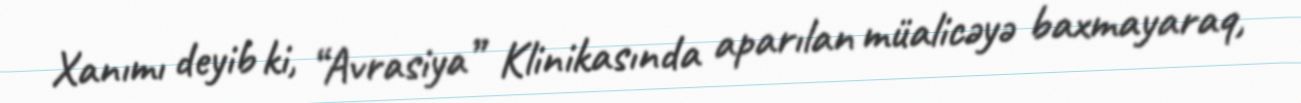
Xanımı deyib ki, “Avrasiya” Klinikasında aparılan müalicəyə baxmayaraq,